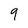
Character: 9